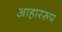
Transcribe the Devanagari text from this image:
आहाररूप